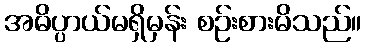
အဓိပ္ပာယ်မရှိမှန်း စဉ်းစားမိသည်။